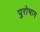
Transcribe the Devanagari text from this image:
पुरोभाग